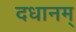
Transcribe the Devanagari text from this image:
दधानम्‌